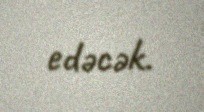
edəcək.